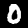
Digit: 0